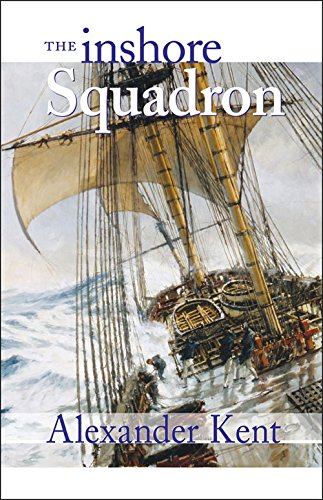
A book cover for The Inshore Squadron (The Bolitho Novels) (Volume 13); Alexander Kent; Literature & Fiction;